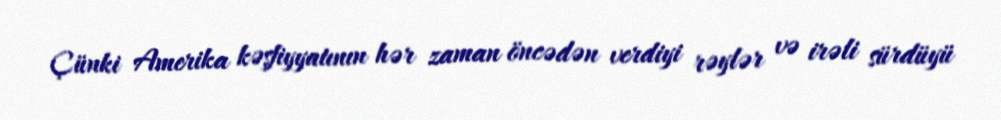
Çünki Amerika kəşfiyyatının hər zaman öncədən verdiyi rəylər və irəli sürdüyü